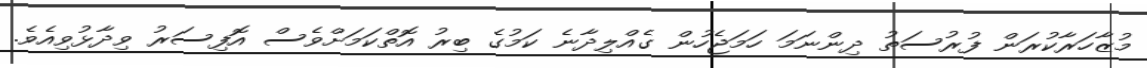
މުޒާހަރާކުރަން ފުރުސަތު ދިންނަމަ ހަމަޖެހުން ގެއްލިދާނެ ކަމުގެ ބިރު އޮތްކަމަށްވެސް އޮފިސަރު ވިދާޅުވިއެވެ.